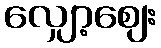
လျှော့ဈေး